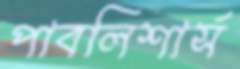
পাবলিশার্স